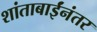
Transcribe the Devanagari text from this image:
शांताबाईंनंतर